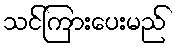
သင်ကြားပေးမည်